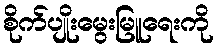
စိုက်ပျိုးမွေးမြူရေးကို